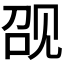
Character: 𰴖